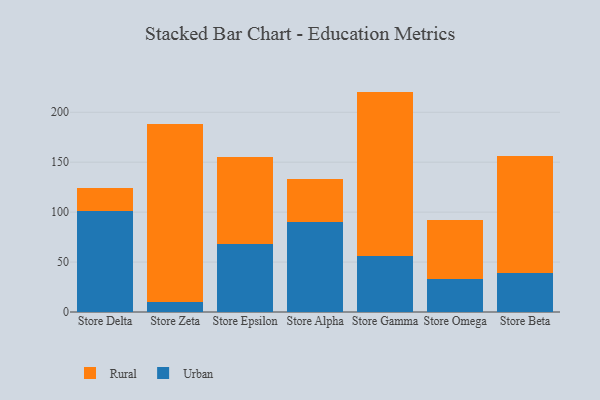
{"axis": {"x": "Store", "y": "Satisfaction Score"}, "legend": ["Rural", "Urban"], "data": [{"x": "Store Delta", "y": 101.4, "type": "Urban"}, {"x": "Store Delta", "y": 23.2, "type": "Rural"}, {"x": "Store Zeta", "y": 10.1, "type": "Urban"}, {"x": "Store Zeta", "y": 178.6, "type": "Rural"}, {"x": "Store Epsilon", "y": 67.9, "type": "Urban"}, {"x": "Store Epsilon", "y": 87.1, "type": "Rural"}, {"x": "Store Alpha", "y": 90.6, "type": "Urban"}, {"x": "Store Alpha", "y": 42.1, "type": "Rural"}, {"x": "Store Gamma", "y": 55.6, "type": "Urban"}, {"x": "Store Gamma", "y": 165.1, "type": "Rural"}, {"x": "Store Omega", "y": 33.2, "type": "Urban"}, {"x": "Store Omega", "y": 59.0, "type": "Rural"}, {"x": "Store Beta", "y": 38.8, "type": "Urban"}, {"x": "Store Beta", "y": 117.0, "type": "Rural"}]}